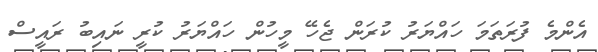
އެންމެ ފުރަތަމަ ހައްޔަރު ކުރަން ޖެހޭ މީހުން ހައްޔަރު ކުރީ ނައިބު ރައީސް